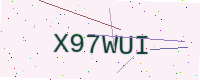
Text: X97WUI